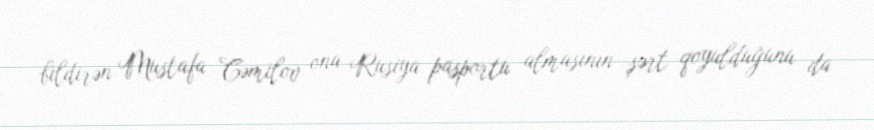
bildirən Mustafa Cəmilov ona Rusiya pasportu almasının şərt qoyulduğunu da